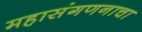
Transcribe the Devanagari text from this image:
महासंगणनाचा